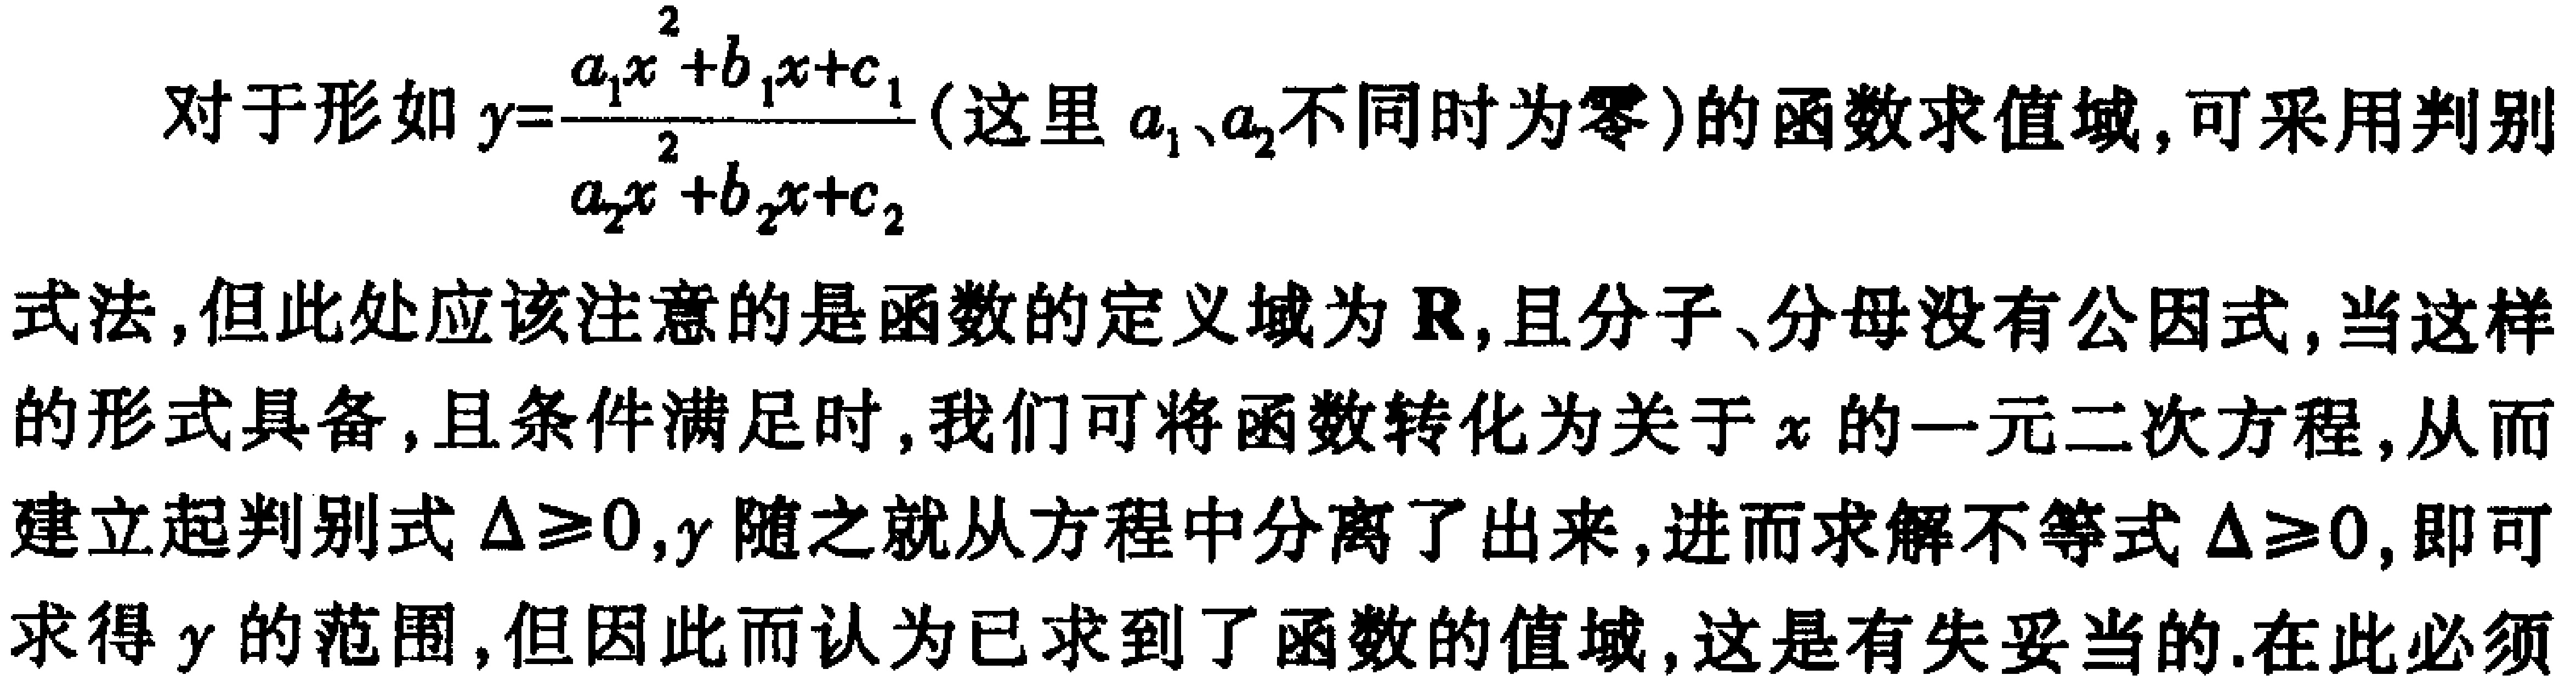
对于形如\(y = \frac{a_{1}x^{2}+b_{1}x + c_{1}}{a_{2}x^{2}+b_{2}x + c_{2}}\)（这里\(a_{1}\)、\(a_{2}\)不同时为零）的函数求值域，可采用判别式法，但此处应该注意的是函数的定义域为\(\mathbf{R}\)，且分子、分母没有公因式，当这样的形式具备，且条件满足时，我们可将函数转化为关于\(x\)的一元二次方程，从而建立起判别式\(\Delta\geq0\)，\(y\)随之就从方程中分离了出来，进而求解不等式\(\Delta\geq0\)，即可求得\(y\)的范围，但因此而认为已求到了函数的值域，这是有失妥当的.在此必须